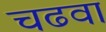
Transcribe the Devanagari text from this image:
चढवा